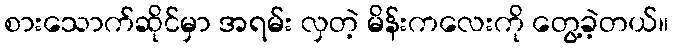
စားသောက်ဆိုင်မှာ အရမ်း လှတဲ့ မိန်းကလေးကို တွေ့ခဲ့တယ်။